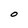
Character: O